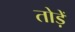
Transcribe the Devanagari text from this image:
तोड़ें